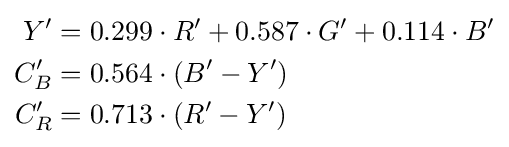
{\begin{aligned}Y'&=0.299\cdot R'+0.587\cdot G'+0.114\cdot B'\\C_{B}'&=0.564\cdot (B'-Y')\\C_{R}'&=0.713\cdot (R'-Y')\\\end{aligned}}